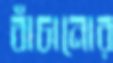
বাঁচানোর